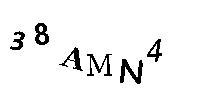
38AMN4